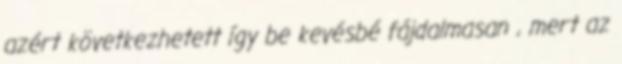
azért következhetett így be kevésbé fájdalmasan , mert az